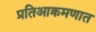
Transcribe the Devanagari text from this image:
प्रतिआक्रमणात